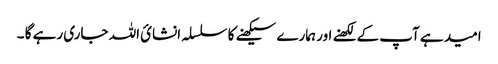
امید ہے آپ کے لکھنے اور ہمارے سیکھنے کا سلسلہ انشائ اللہ جاری رہے گا ۔